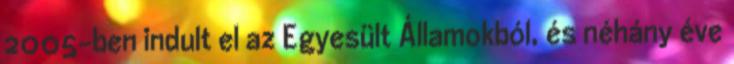
2005-ben indult el az Egyesült Államokból, és néhány éve